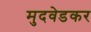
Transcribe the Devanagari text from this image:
मुदवेडकर